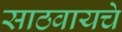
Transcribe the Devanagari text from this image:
साठवायचे